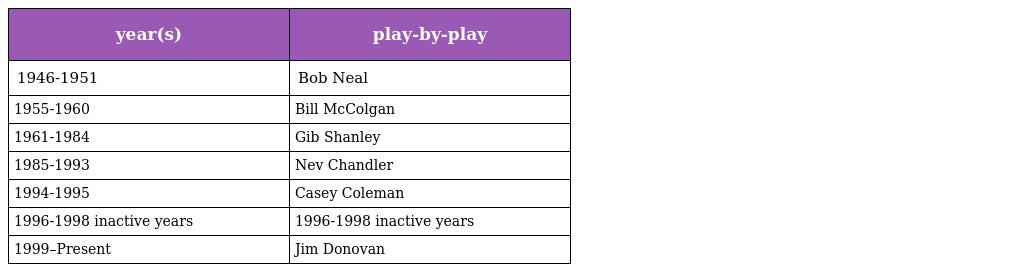
| year(s) | play-by-play |
 | --- | --- |
 | 1946-1951 | Bob Neal |
 | 1955-1960 | Bill McColgan |
 | 1961-1984 | Gib Shanley |
 | 1985-1993 | Nev Chandler |
 | 1994-1995 | Casey Coleman |
 | 1996-1998 inactive years | 1996-1998 inactive years |
 | 1999–Present | Jim Donovan |